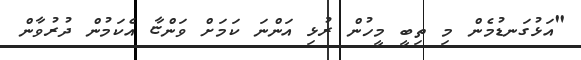
"އަޅުގަނޑުމެން މި ތިބީ މީހުން ރުޅި އަންނަ ކަމަށް ވަންޏާ އެކަމުން ދުރުވާން